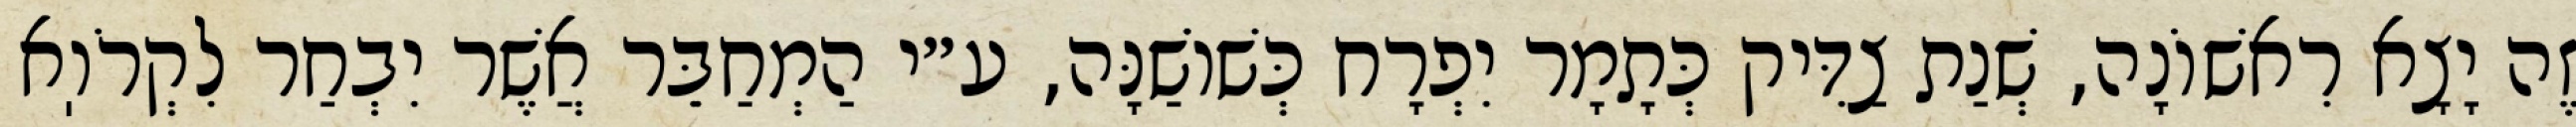
זֶה יָצָא רִאשׁוֹנָה, שְׁנַת צַדִּיק כְּתָמָר יִפְרָח כְּשׁוֹשַׁנָּה, ע״י הַמְחַבֵּר אֲשֶׁר יִבְחַר לִקְרֹוֽא